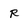
Character: R